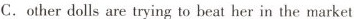
C.other dolls are trying to beat her in the market